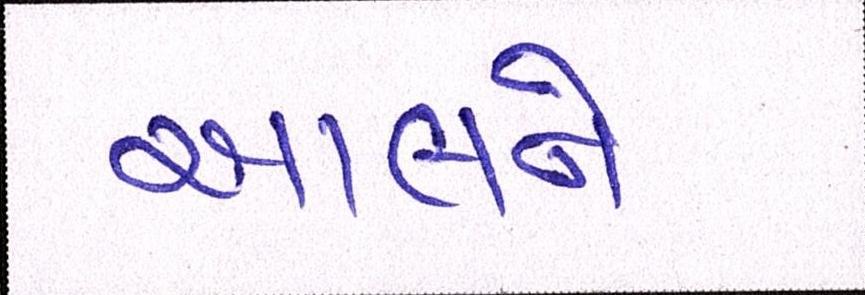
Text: આલને